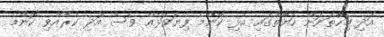
އަދި މިހާތަނަށް ހަޔާތުގައި އެޅި ކޮންމެ ފިޔަވަޅެއް ވެސް އަދި ކުރެއްވި ކޮންމެ